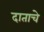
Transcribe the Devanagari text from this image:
दाताचे